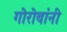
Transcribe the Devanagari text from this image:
गोरोबांनी